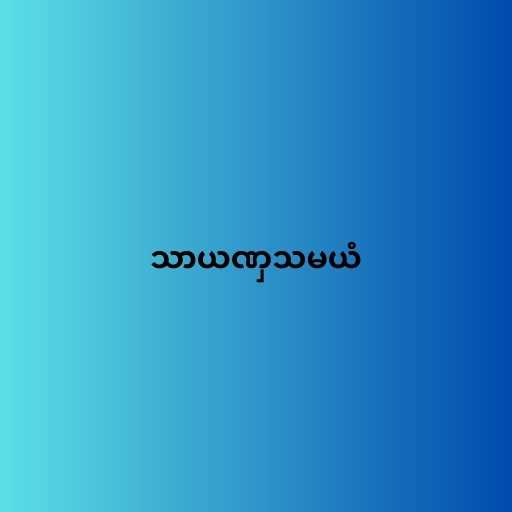
သာယဏှသမယံ